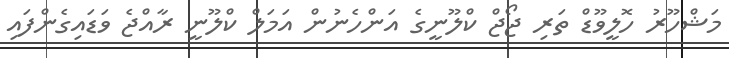
މަޝްހޫރު ހޮލީވޫޑް ތަރި ޖޯޖް ކްލޫނީގެ އަންހެނުން އަމަލް ކްލޫނީ ރާއްޖެ ވަޑައިގެންފައި